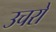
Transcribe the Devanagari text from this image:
उचरों